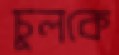
চুলকে